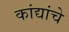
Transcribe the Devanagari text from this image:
कांद्यांचे